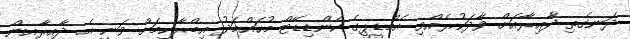
ދަނގެތި ދާއިރާއަށް ވާދަކުރެއްވި އެމްޑީޕީގެ ކެންޑިޑޭޓް މުހައްމަދު އިބްރާހިމަށް ވަނީ އެ ދާއިރާއިން